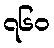
၇၆၀